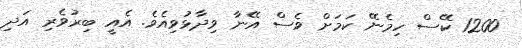
1200 ކޭސް ހިމެނޭ ކަމަށް ވެސް އޭނާ ވިދާޅުވިއެވެ. އެއީ ބިރުވެރި އަދި